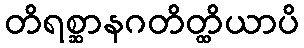
တိရစ္ဆာနဂတိတ္ထိယာပိ